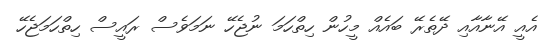
އެއީ އޭނާއާއި ދޭތެރޭ ބައެއް މީހުން ހިތްހަމަ ނުޖެހޭ ނަމަވެސް ރައީސް ހިތްހަމަޖެހޭ